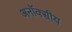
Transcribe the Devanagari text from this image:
अनॉक्सीय